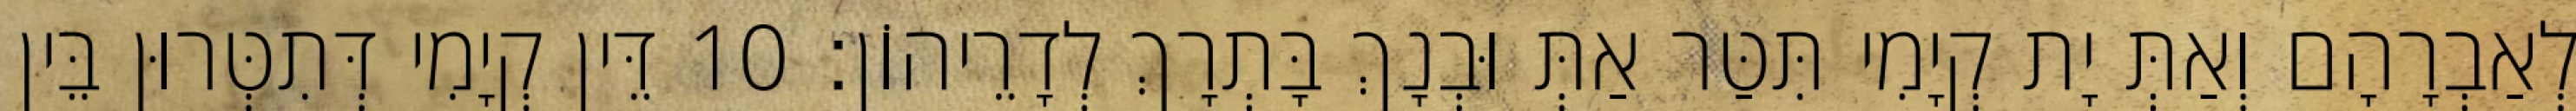
לְאַבְרָהָם וְאַתְּ יָת קְיָמִי תִּטַּר אַתְּ וּבְנָךְ בָּתְרָךְ לְדָרֵיהוֹן׃ 10 דֵּין קְיָמִי דְּתִטְּרוּן בֵּין